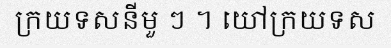
ក្រយទសនីមួ ៗ ។ យៅក្រយទស